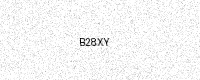
Text: B28XY